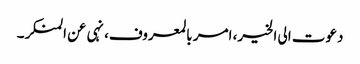
دعوت الی الخیر، امر بالمعروف، نہی عن المنکر۔